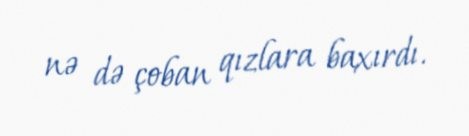
nə də çoban qızlara baxırdı.